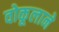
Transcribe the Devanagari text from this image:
वोकूलाने